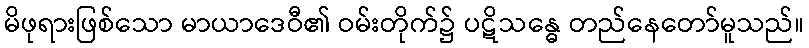
မိဖုရားဖြစ်သော မာယာဒေဝီ၏ ဝမ်းတိုက်၌ ပဋိသန္ဓေ တည်နေတော်မူသည်။